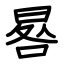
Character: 晷